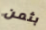
بثمن